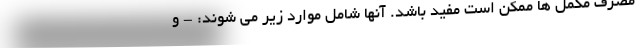
مصرف مکمل ها ممکن است مفید باشد. آنها شامل موارد زیر می شوند: - و